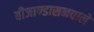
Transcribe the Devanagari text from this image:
बीजाण्डासनवाले